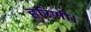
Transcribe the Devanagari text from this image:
हरिणी।